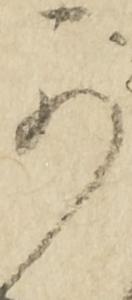
可